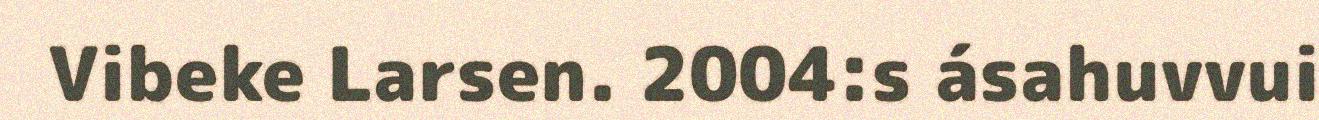
Vibeke Larsen. 2004:s ásahuvvui